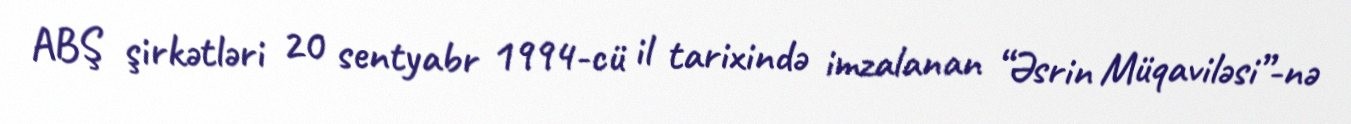
ABŞ şirkətləri 20 sentyabr 1994-cü il tarixində imzalanan “Əsrin Müqaviləsi”-nə